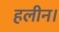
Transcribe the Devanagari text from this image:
हलीन।